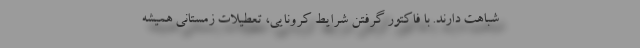
شباهت دارند. با فاکتور گرفتن شرایط کرونایی، تعطیلات زمستانی همیشه